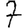
Digit: 7